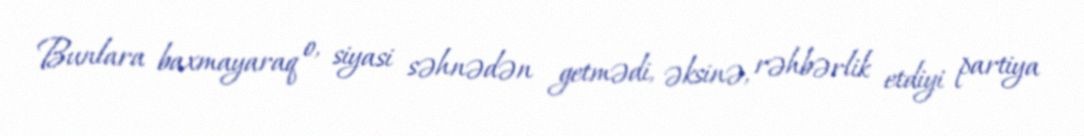
Bunlara baxmayaraq o, siyasi səhnədən getmədi, əksinə, rəhbərlik etdiyi partiya